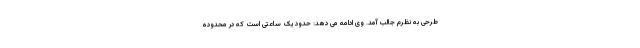
طرحی به نظرم جالب آمد. وی ادامه می دهد: حدود یک ساعتی است که در محدوده